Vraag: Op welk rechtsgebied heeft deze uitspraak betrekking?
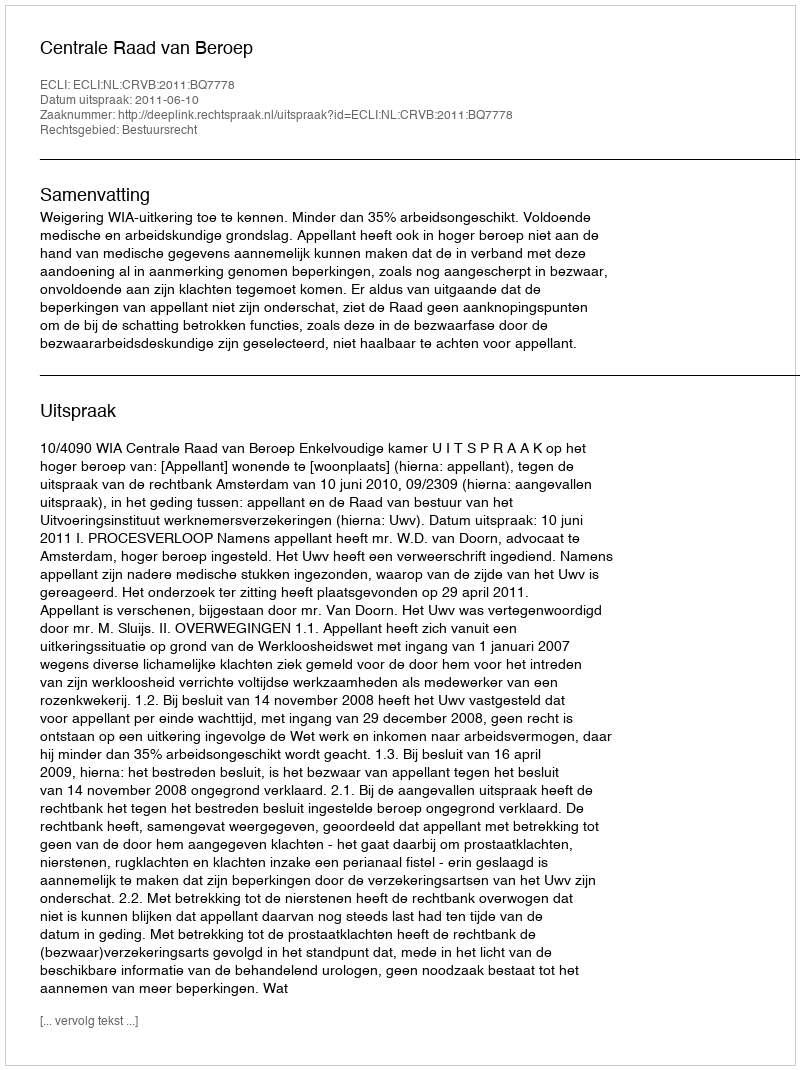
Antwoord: Bestuursrecht